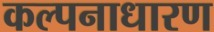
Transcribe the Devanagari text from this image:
कल्पनाधारण